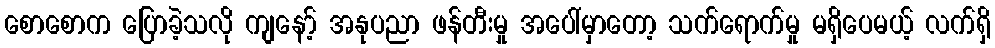
စောစောက ပြောခဲ့သလို ကျနော့် အနုပညာ ဖန်တီးမှု အပေါ်မှာတော့ သက်ရောက်မှု မရှိပေမယ့် လက်ရှိ